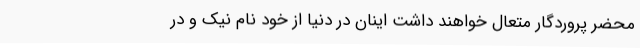
محضر پروردگار متعال خواهند داشت اینان در دنیا از خود نام نیک و در